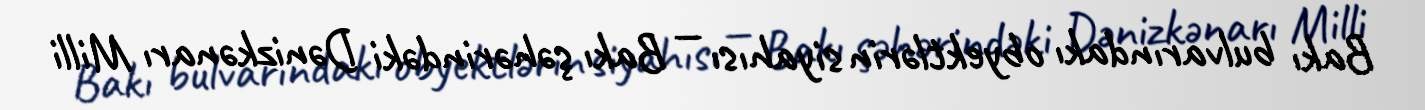
Bakı bulvarındakı obyektlərin siyahısı — Bakı şəhərindəki Dənizkənarı Milli